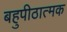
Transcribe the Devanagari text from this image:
बहुपीठात्मक